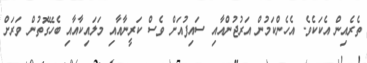
ތެރެއިން އެކަކެވެ. އެހެންކަމުން އަރުޖުންއާއި ސައިފުއަށް ވެސް ކަރީނާއާއި މަލައިކާއާއި ބެހޭގޮތުން ވަރަށް